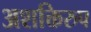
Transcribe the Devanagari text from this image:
अशक्तिरुप